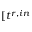
[ t ^ { r , i n }